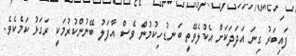
ފައިބަރު ގިނަ އަދަދަކަށް އެކުލެވޭތީ ބަނޑުހިކުމުން ވެސް އާފަލު ބޭނުންކުރުމަކީ ރަގަޅު ކަމެކެވެ.